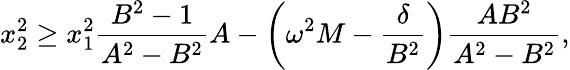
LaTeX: x_{2}^{2}\geq x_{1}^{2}\frac{B^{2}-1}{A^{2}-B^{2}}A-\left(\omega^{2}M-\frac{\delta}{B^{2}}\right)\frac{AB^{2}}{A^{2}-B^{2}},